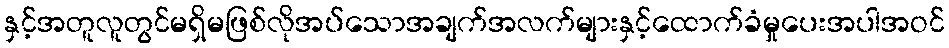
နှင့်အတူလူတွင်မရှိမဖြစ်လိုအပ်သောအချက်အလက်များနှင့်ထောက်ခံမှုပေးအပါအဝင်